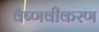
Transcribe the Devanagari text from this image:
वैष्णवीकरण